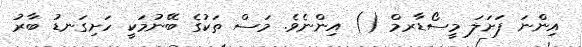
އިންނަ ފަށަލަ މީސޯޑާރމް () އިންނެވެ. މަސް ތަކުގެ ބޭނުމަކީ ހަށިގަނޑު ބާރު